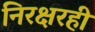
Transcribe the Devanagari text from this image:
निरक्षरही